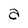
Character: a